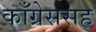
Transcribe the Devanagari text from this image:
काँग्रेससह